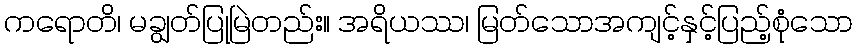
ကရောတိ၊ မချွတ်ပြုမြဲတည်း။ အရိယဿ၊ မြတ်သောအကျင့်နှင့်ပြည့်စုံသော